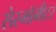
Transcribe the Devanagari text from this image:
सेस्मॉमीटर